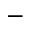
-